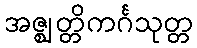
အဇ္ဈတ္တိကင်္ဂသုတ္တ